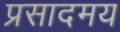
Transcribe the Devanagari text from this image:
प्रसादमय